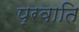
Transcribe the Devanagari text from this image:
प्रवाति